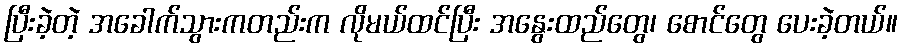
ပြီးခဲ့တဲ့ အခေါက်သွားကတည်းက လိုမယ်ထင်ပြီး အနွေးထည်တွေ၊ စောင်တွေ ပေးခဲ့တယ်။